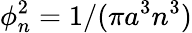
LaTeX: \phi_{n}^{2}=1/(\pi a^{3}n^{3})